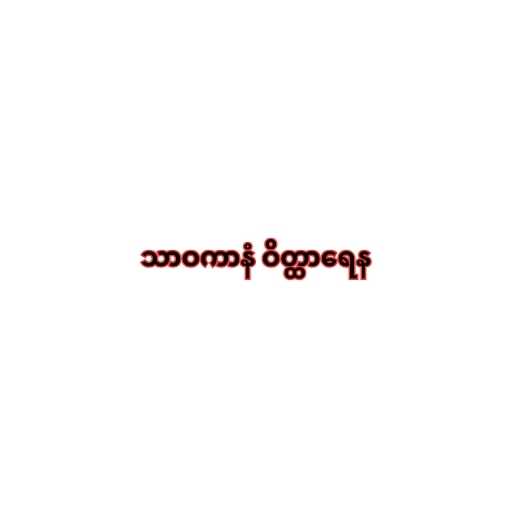
သာဝကာနံ ဝိတ္ထာရေန